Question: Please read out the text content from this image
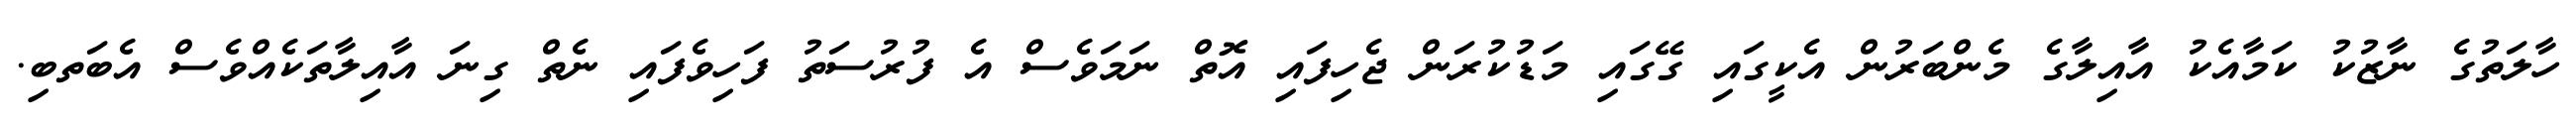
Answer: ހާލަތުގެ ނާޒުކު ކަމާއެކު އާއިލާގެ މެންބަރުން އެކީގައި ގޭގައި މަޑުކުރަން ޖެހިފައި އޮތް ނަމަވެސް އެ ފުރުސަތު ފަހިވެފައި ނެތް ގިނަ އާއިލާތަކެއްވެސް އެބަތބި.